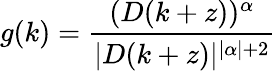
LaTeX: g(k)=\frac{(D(k+z))^{\alpha}}{|D(k+z)|^{|\alpha|+2}}